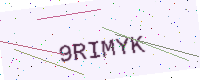
Text: 9RIMYK